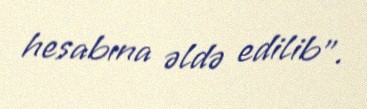
hesabına əldə edilib”.